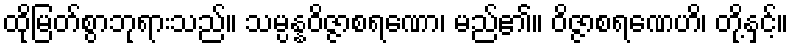
ထိုမြတ်စွာဘုရားသည်။ သမ္ပန္နဝိဇ္ဇာစရဏော၊ မည်၏။ ဝိဇ္ဇာစရဏေဟိ၊ တို့နှင့်။